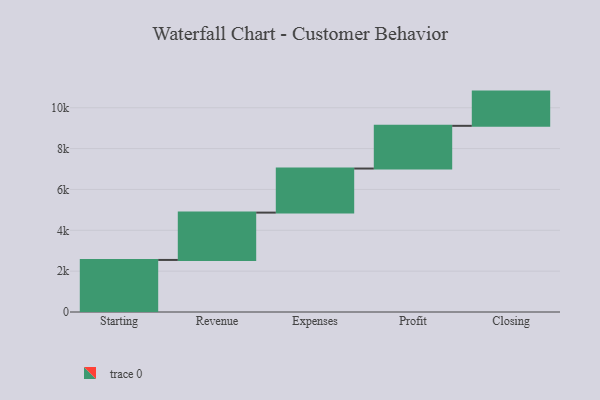
{"axis": {"x": "Step", "y": "Value"}, "legend": [""], "data": [{"x": "Starting", "y": 2549.0, "type": ""}, {"x": "Revenue", "y": 2317.0, "type": ""}, {"x": "Expenses", "y": 2158.0, "type": ""}, {"x": "Profit", "y": 2091.0, "type": ""}, {"x": "Closing", "y": 1676.0, "type": ""}]}